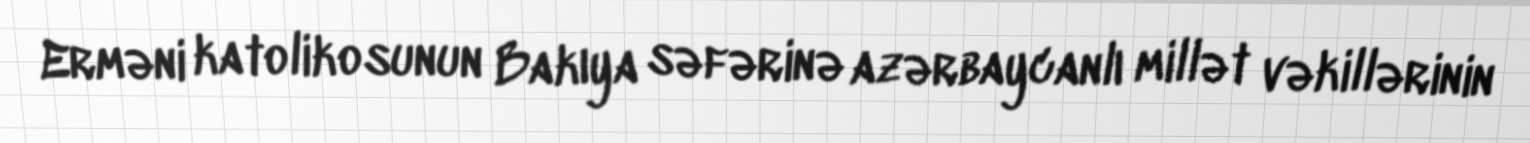
Erməni katolikosunun Bakıya səfərinə azərbaycanlı millət vəkillərinin